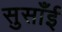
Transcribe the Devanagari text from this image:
सुसाँई